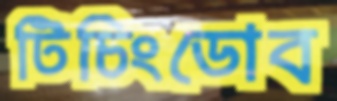
টিচিংডোব